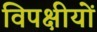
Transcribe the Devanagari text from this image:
विपक्षीयों